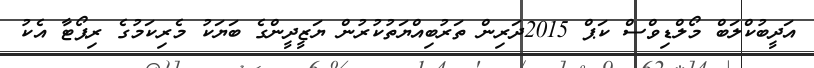
އަދީބުކްލަބް މޯލްޑިވްސް ކަޕް 2015ދަރިން ތަރުބިއްޔަތުކުރުން ޔަޒީދީންގެ ބަޔަކު މެރިކަމުގެ ރިޕޯޓާ އެކު